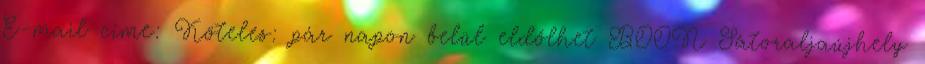
E-mail címe: Köteles: pár napon belül eldőlhet BOON Sátoraljaújhely